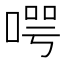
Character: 㗁